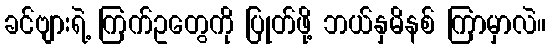
ခင်ဗျားရဲ့ ကြက်ဥတွေကို ပြုတ်ဖို့ ဘယ်နှမိနစ် ကြာမှာလဲ။